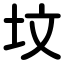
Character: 坟